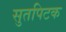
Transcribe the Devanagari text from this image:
सुतपिटक